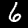
Label: 6